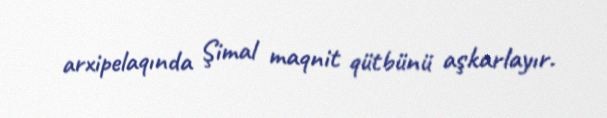
arxipelaqında Şimal maqnit qütbünü aşkarlayır.